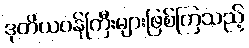
ဒုတိယဝန်ကြီးများဖြစ်ကြသည့်